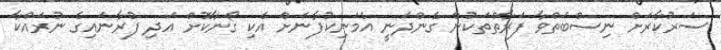
ސަރުކާރަށް ނިސްބަތްވާ ފަރާތްތަކުން ގެންދަނީ އެމަނިކުފާނަށް އެކި ގޯނާކޮށް އަދި ފުރާނައިގެ ނުރައްކާ